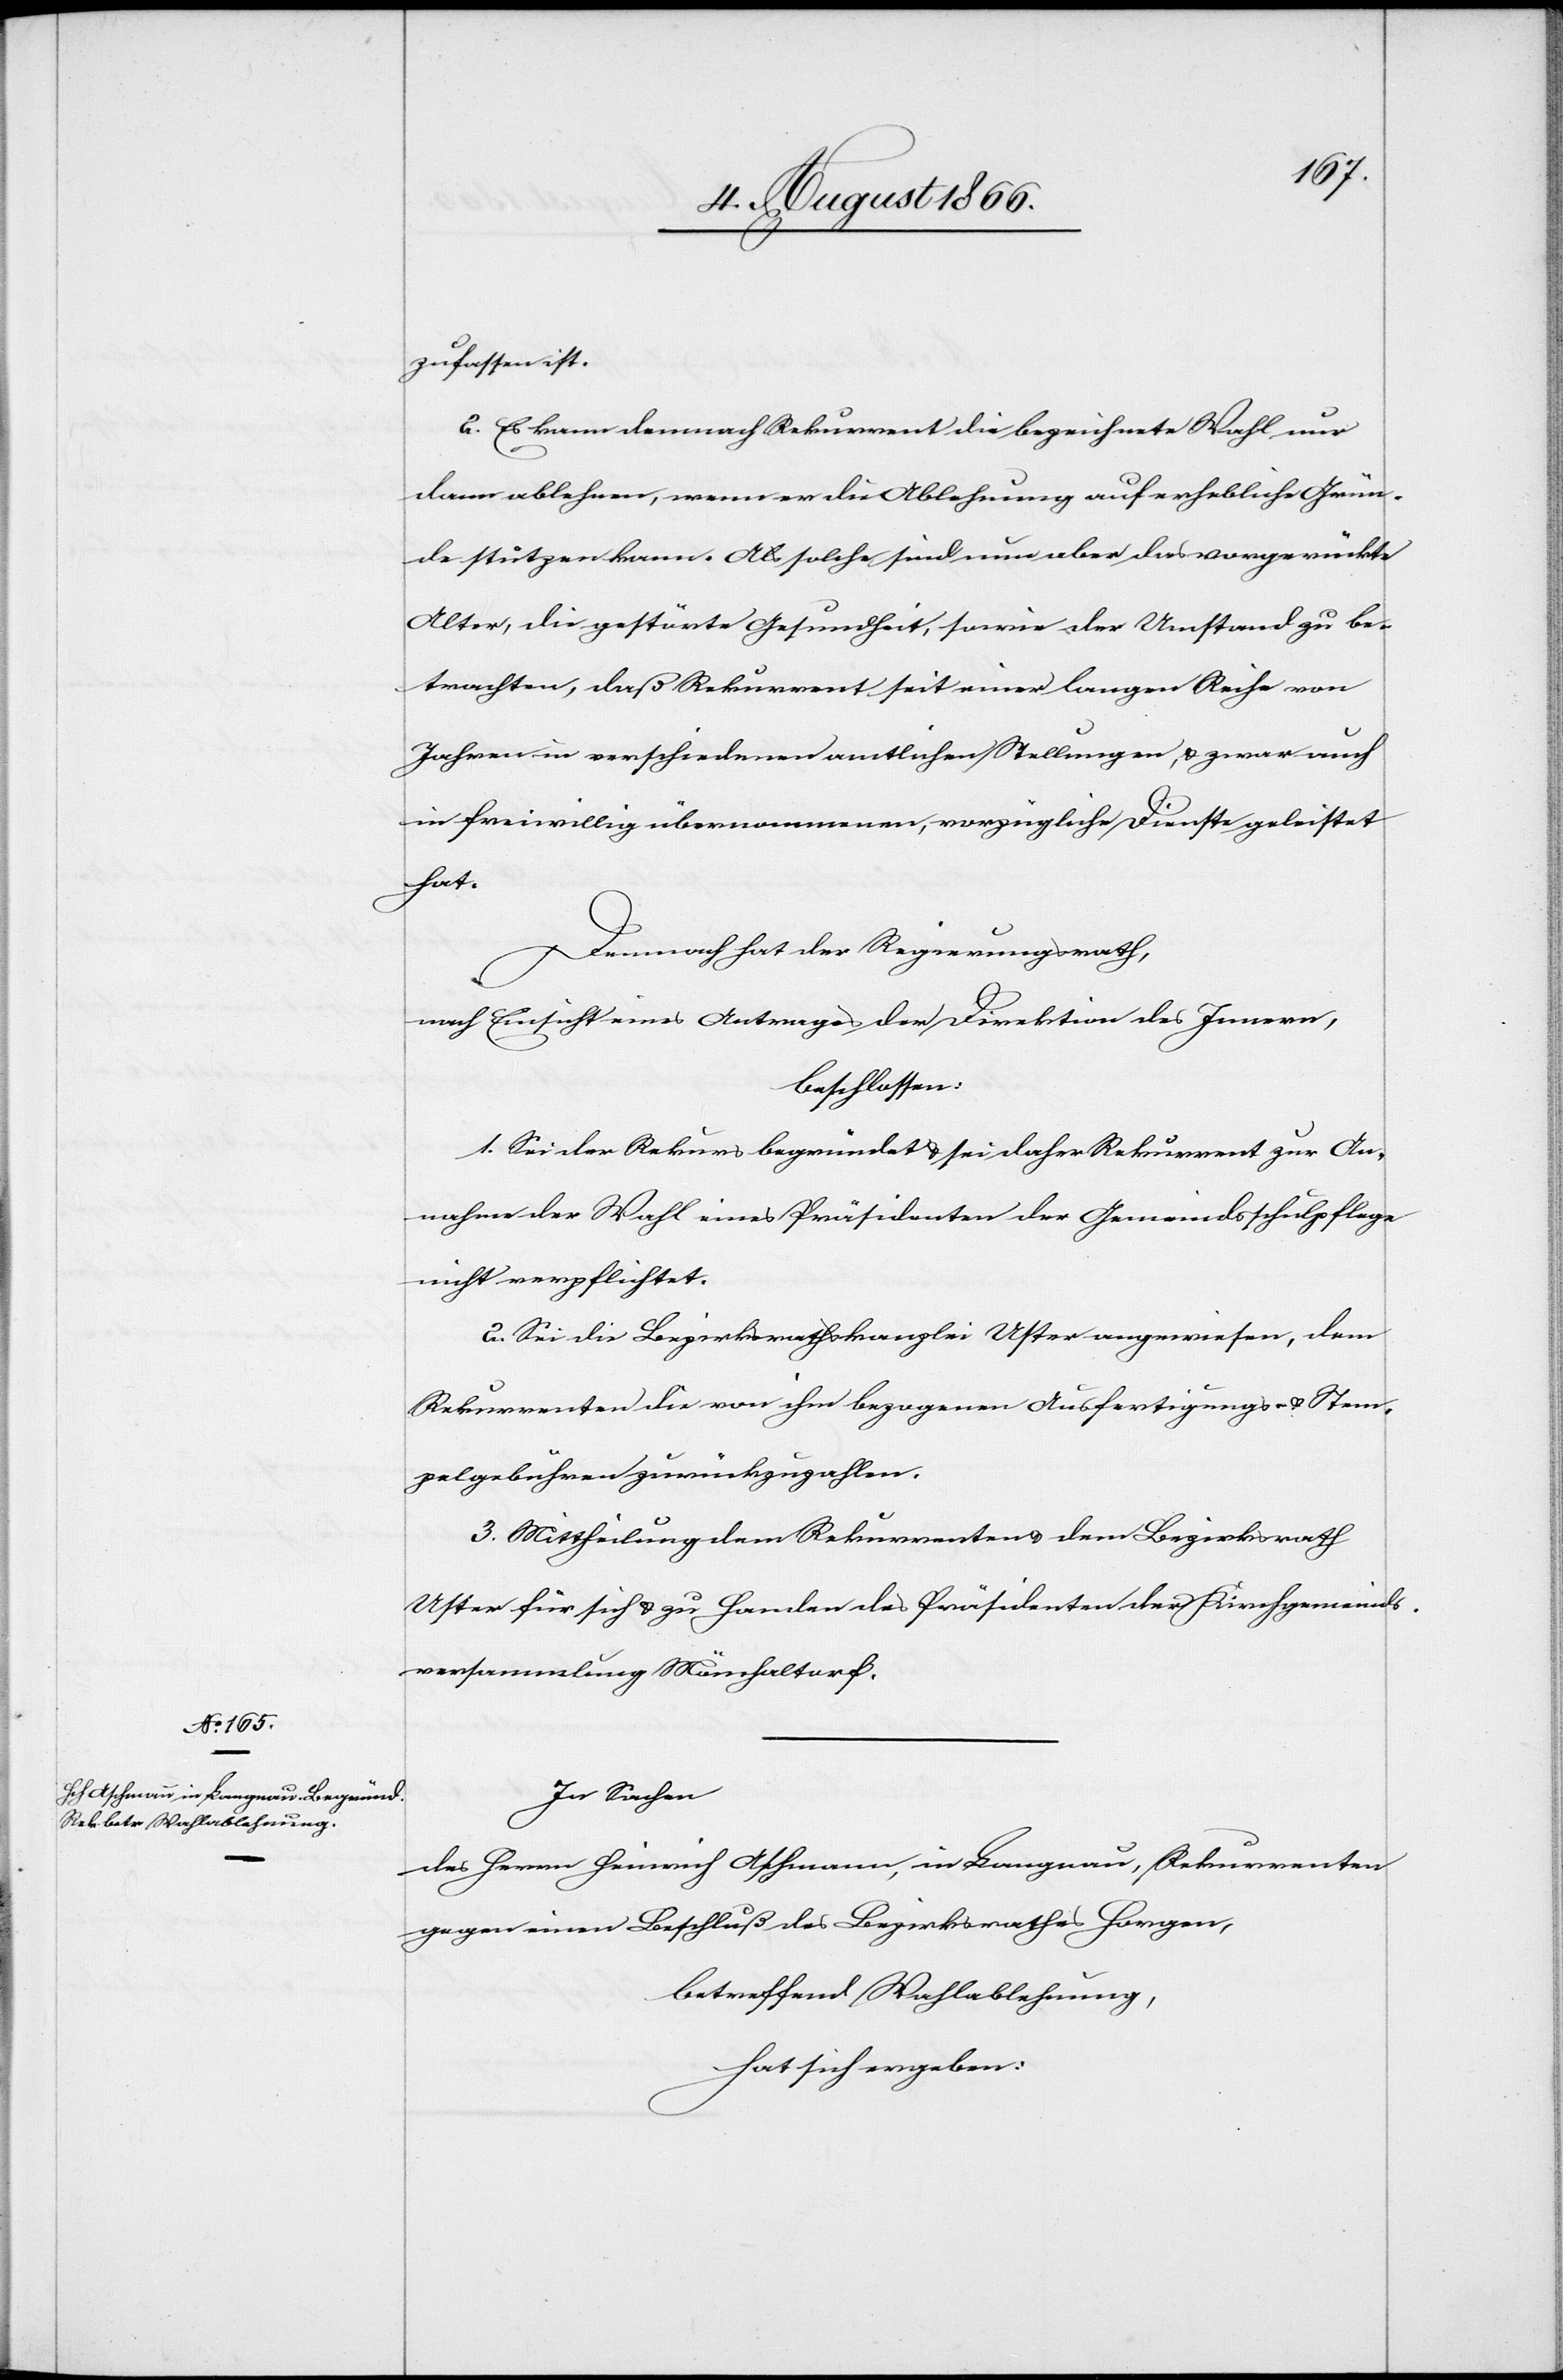
zufassen ist.
2. Es kann demnach Rekurrent die bezeichnete Wahl nur
dann ablehnen, wenn er die Ablehnung auf erhebliche Grün¬
de stützen kann. Als solche sind nun aber das vorgerückte
Alter, die gestörte Gesundheit, sowie der Umstand zu be¬
trachten, daß Rekurrent seit einer langen Reihe von
Jahren in verschiedenen amtlichen Stellungen, u. zwar auch
in freiwillig übernommenen, vorzügliche Dienste geleistet
hat.
Demnach hat der Regierungsrath,
nach Einsicht eines Antrages der Direktion des Innern,
beschlossen:
1. Sei der Rekurs begründet u. sei daher Rekurrent zur An¬
nahme der Wahl eines Präsidenten der Gemeindsschulpflege
nicht verpflichtet.
2. Sei die Bezirksrathskanzlei Uster angewiesen, dem
Rekurrenten die von ihm bezogene Ausfertigungs- u. Stem¬
pelgebühren zurückzuzahlen.
3. Mittheilung dem Rekurrenten u. dem Bezirksrath
Uster für sich u. zu Handen des Präsidenten der Kirchgemeinds¬
versammlung Mönchaltorf.
In Sachen
des Herrn Heinrich Aschmann, in Langnau, Rekurrenten
gegen einen Beschluß des Bezirksrathes Horgen,
betreffend Wahlablehnung,
hat sich ergeben: